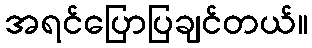
အရင်ပြောပြချင်တယ်။